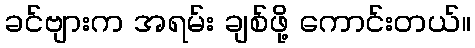
ခင်ဗျားက အရမ်း ချစ်ဖို့ ကောင်းတယ်။